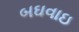
બઘવાઇ